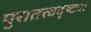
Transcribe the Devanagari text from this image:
पुरातत्त्वदृष्ट्या